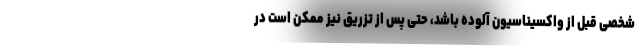
شخصی قبل از واکسیناسیون آلوده باشد، حتی پس از تزریق نیز ممکن است در